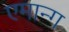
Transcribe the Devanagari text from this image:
एमान्ग